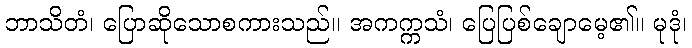
ဘာသိတံ၊ ပြောဆိုသောစကားသည်။ အကက္ကသံ၊ ပြေပြစ်ချောမေ့၏။ မုဒုံ၊